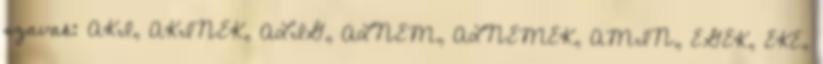
szavak: AKI, AKINEK, ALIG, ALNEM, ALNEMEK, AMIN, EGEK, EKE,